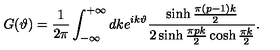
G ( \vartheta ) = \frac { 1 } { 2 \pi } \int _ { - \infty } ^ { + \infty } d k e ^ { i k \vartheta } \frac { \sinh \frac { \pi ( p - 1 ) k } { 2 } } { 2 \sinh \frac { \pi p k } { 2 } \cosh \frac { \pi k } { 2 } } .